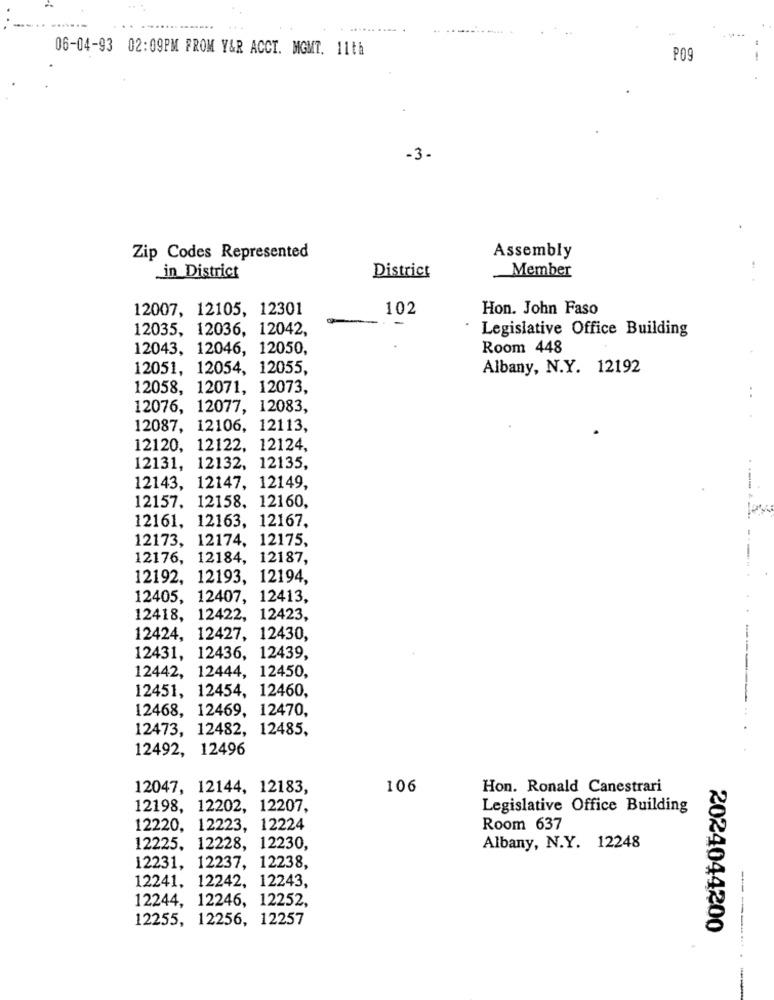
06-04-93 02:09PM FROM Y&R ACCT. MGMT. 11th
P09
-3.
Zip Codes Represented
Assembly
Member
in District
District
12007, 12105, 12301
102
Hon. John Faso
12035, 12036, 12042,
· Legislative Office Building
12043, 12046, 12050,
Room 448
12051, 12054, 12055,
Albany, N.Y. 12192
12058, 12071, 12073,
..
12076, 12077, 12083,
12087, 12106, 12113,
12120, 12122, 12124,
12131, 12132, 12135,
12143, 12147, 12149,
12157, 12158, 12160,
12161, 12163, 12167.
12173, 12174, 12175,
12176, 12184, 12187,
12192, 12193, 12194,
12405, 12407, 12413,
12418, 12422,
12423,
12424, 12427, 12430,
12431, 12436, 12439,
12442, 12444, 12450,
12451, 12454, 12460,
12468, 12469, 12470,
12473, 12482, 12485,
12492, 12496
12047, 12144, 12183,
106
Hon. Ronald Canestrari
12198, 12202, 12207,
Legislative Office Building
12220, 12223, 12224
Room 637
12225. 12228, 12230,
Albany, N.Y. 12248
12231, 12237, 12238,
12241, 12242, 12243,
12244, 12246, 12252,
12255, 12256, 12257
2024044200
-----